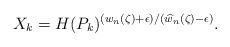
LaTeX: \begin{align*}X_{k}=H(P_{k})^{(w_{n}(\zeta)+\epsilon)/(\widehat{w}_{n}(\zeta)-\epsilon)}.\end{align*}